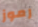
رموز